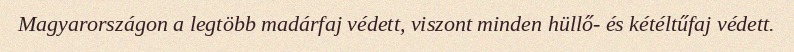
Magyarországon a legtöbb madárfaj védett, viszont minden hüllő- és kétéltűfaj védett.